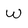
Character: W